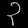
Digit: ၃